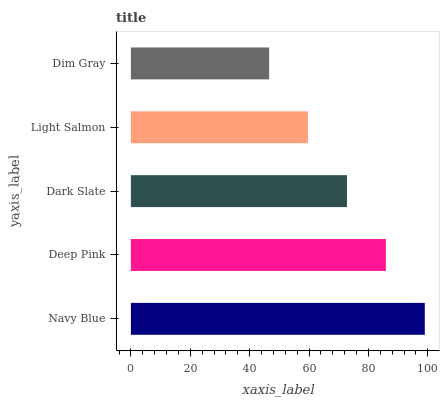
| yaxis_label | bars |
 | --- | --- |
 | Navy Blue | 99 |
 | Deep Pink | 85.9 |
 | Dark Slate | 72.8 |
 | Light Salmon | 59.7 |
 | Dim Gray | 46.6 |